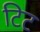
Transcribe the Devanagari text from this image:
टिट